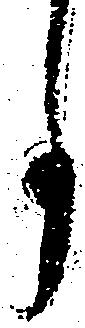
事